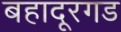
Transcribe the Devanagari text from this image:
बहादूरगड